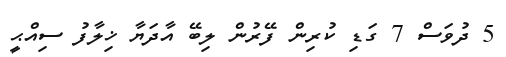
5 ދުވަސް 7 ގަޑި ކުރިން ފޭރުން ލިބޭ އާދަޔާ ޚިލާފު ސިއްޙީ